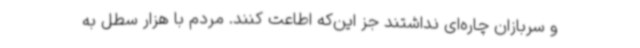
و سربازان چاره‌ای نداشتند جز این‌که اطاعت کنند. مردم با هزار سطل به